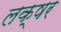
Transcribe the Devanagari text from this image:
लक्षर